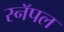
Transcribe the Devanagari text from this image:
स्नॅपल